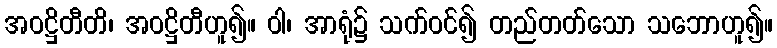
အဝဋ္ဌိတီတိ၊ အဝဋ္ဌိတီဟူ၍။ ဝါ၊ အာရုံ၌ သက်ဝင်၍ တည်တတ်သော သဘောဟူ၍။